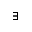
\exists